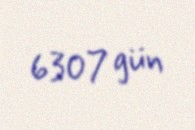
6307 gün